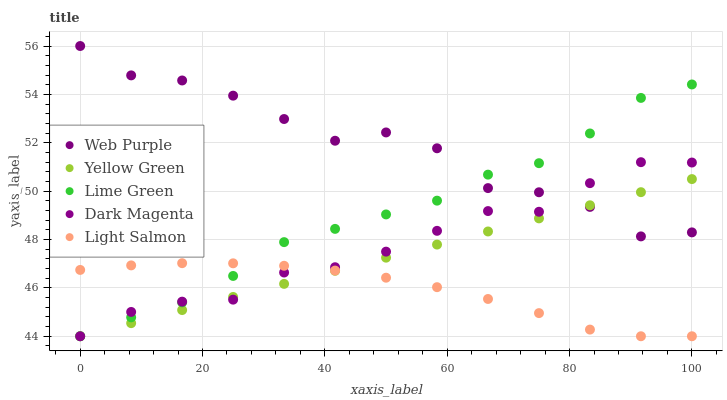
| xaxis_label | Web Purple | Yellow Green | Lime Green | Dark Magenta | Light Salmon |
 | --- | --- | --- | --- | --- | --- |
 | 0 | 56 | 44 | 44 | 44 | 46.7 |
 | 8.33 | 54.8 | 44.5 | 44.8 | 45 | 46.9 |
 | 16.7 | 54.6 | 45.1 | 45.4 | 45.4 | 47 |
 | 25 | 53.9 | 45.6 | 46.5 | 45.5 | 47 |
 | 33.3 | 53 | 46.2 | 47.9 | 46.6 | 46.9 |
 | 41.7 | 52.1 | 46.7 | 48.4 | 46.9 | 46.7 |
 | 50 | 52.4 | 47.2 | 49 | 47.5 | 46.4 |
 | 58.3 | 51.8 | 47.8 | 49.6 | 48.4 | 46 |
 | 66.7 | 50.1 | 48.3 | 50.7 | 49.2 | 45.5 |
 | 75 | 50 | 48.9 | 51.2 | 49.1 | 45 |
 | 83.3 | 49.3 | 49.4 | 52.4 | 50.3 | 44.3 |
 | 91.7 | 48.1 | 50 | 53.9 | 51.2 | 44 |
 | 100 | 48.3 | 50.5 | 54.4 | 51.2 | 44 |